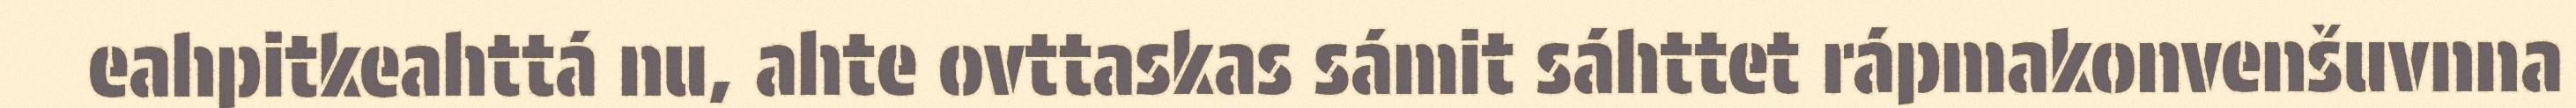
eahpitkeahttá nu, ahte ovttaskas sámit sáhttet rápmakonvenšuvnna